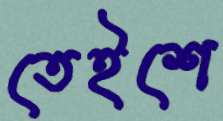
তেইশে